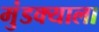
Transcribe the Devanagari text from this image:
मुंडक्याला